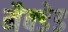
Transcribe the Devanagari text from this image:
मैक्डेड